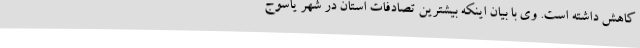
کاهش داشته است. وی با بیان اینکه بیشترین تصادفات استان در شهر یاسوج